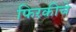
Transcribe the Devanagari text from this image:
फिरकीचे